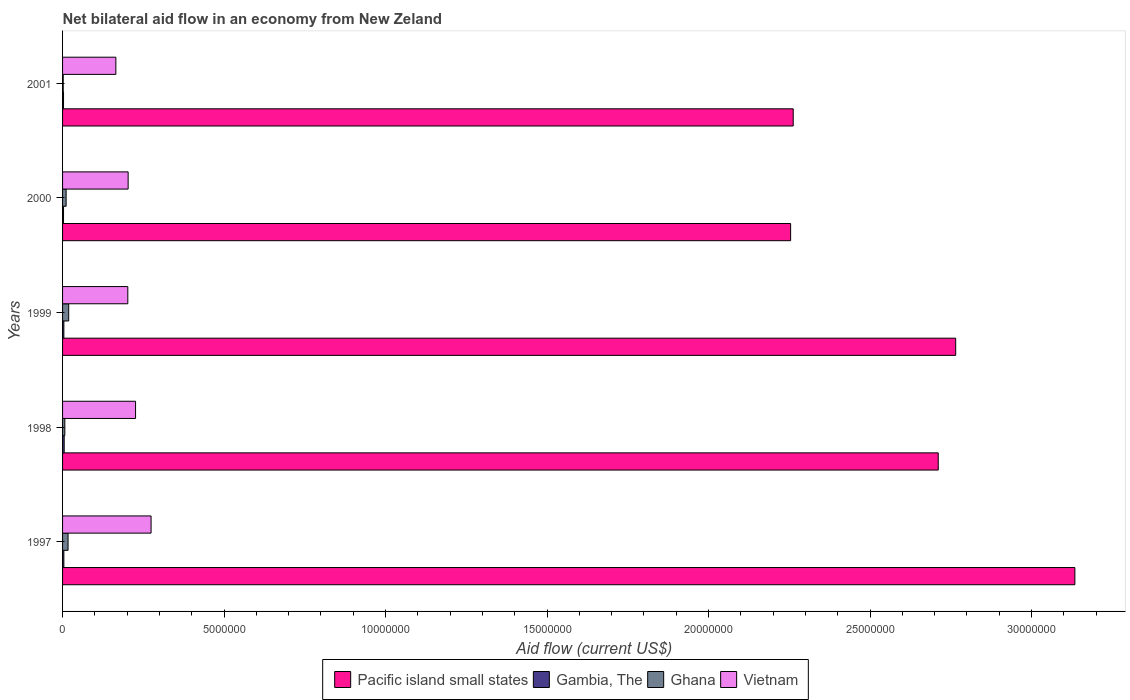
| Years | Pacific island small states | Gambia, The | Ghana | Vietnam |
 | --- | --- | --- | --- | --- |
 | 1997 | 3.13e+07 | 4e+04 | 1.7e+05 | 2.74e+06 |
 | 1998 | 2.71e+07 | 5e+04 | 7e+04 | 2.26e+06 |
 | 1999 | 2.76e+07 | 4e+04 | 1.9e+05 | 2.02e+06 |
 | 2000 | 2.25e+07 | 3e+04 | 1.1e+05 | 2.03e+06 |
 | 2001 | 2.26e+07 | 3e+04 | 2e+04 | 1.65e+06 |